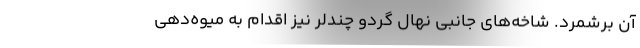
آن برشمرد. شاخه­‌های جانبی نهال گردو چندلر نیز اقدام به میوه‌­دهی